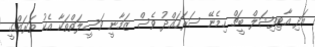
އަދި އާޓިފިޝަލް ބީޗް ހިމެނޭ ސަރަހައްދު ވެސް ޒަމާނީ ވަސީލަތްތަކާ އެކު ތަރައްގީ